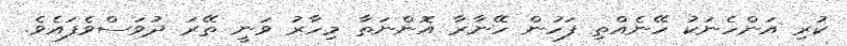
ކުރި އަންހެނަކު ހޭނެއްތި ފަހުން ހޭނާރާ އޮންނަތާ މިހާރު ވަނީ ތޭރަ ދުވަސްވެފައެވެ.